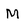
Character: M